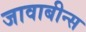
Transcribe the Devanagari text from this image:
जावाबीन्स